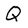
Character: Q